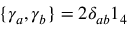
\{ \gamma _ { a } , \gamma _ { b } \} = 2 \delta _ { a b } 1 _ { 4 }